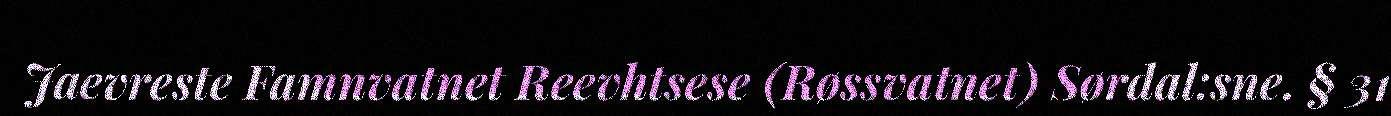
Jaevreste Famnvatnet Reevhtsese (Røssvatnet) Sørdal:sne. § 31